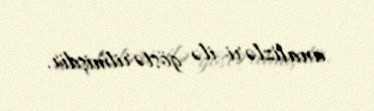
analizləri ilə göstərilmişdir.